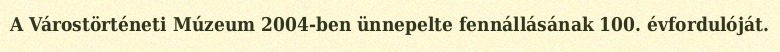
A Várostörténeti Múzeum 2004-ben ünnepelte fennállásának 100. évfordulóját.